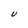
Character: U